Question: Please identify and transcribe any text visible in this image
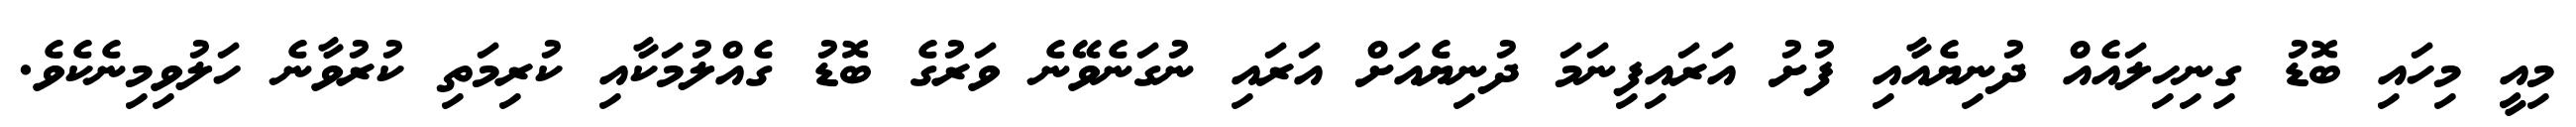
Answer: މިއީ މިހައި ބޮޑު ގިނިހިލައެއް ދުނިޔެއާއި ފުށު އަރައިފިނަމަ ދުނިޔެއަށް އަރައި ނުގަނެވޭނެ ވަރުގެ ބޮޑު ގެއްލުމަކާއި ކުރިމަތި ކުރުވާނެ ހަލުވިމިނެކެވެ.